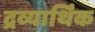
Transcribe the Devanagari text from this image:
द्रव्यार्थिंक